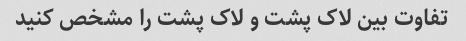
تفاوت بین لاک پشت و لاک پشت را مشخص کنید